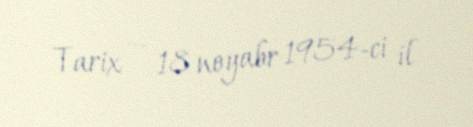
Tarix — 18 noyabr 1954-ci il